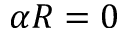
\alpha R = 0